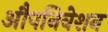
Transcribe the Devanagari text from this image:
औपनिवेशन